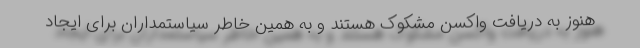
هنوز به دریافت واکسن مشکوک هستند و به همین خاطر سیاستمداران برای ایجاد